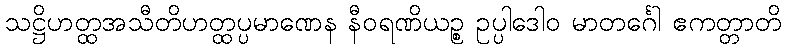
သဋ္ဌိဟတ္ထအသီတိဟတ္ထပ္ပမာဏေန နီဝရဏိယဉ္စ ဥပ္ပါဒေါဝ မာတင်္ဂေါ ဧကတ္တာတိ